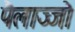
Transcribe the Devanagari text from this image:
पैलाज्जो